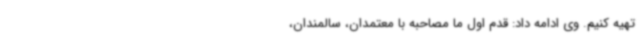
تهیه کنیم. وی ادامه داد: قدم اول ما مصاحبه با معتمدان، سالمندان،